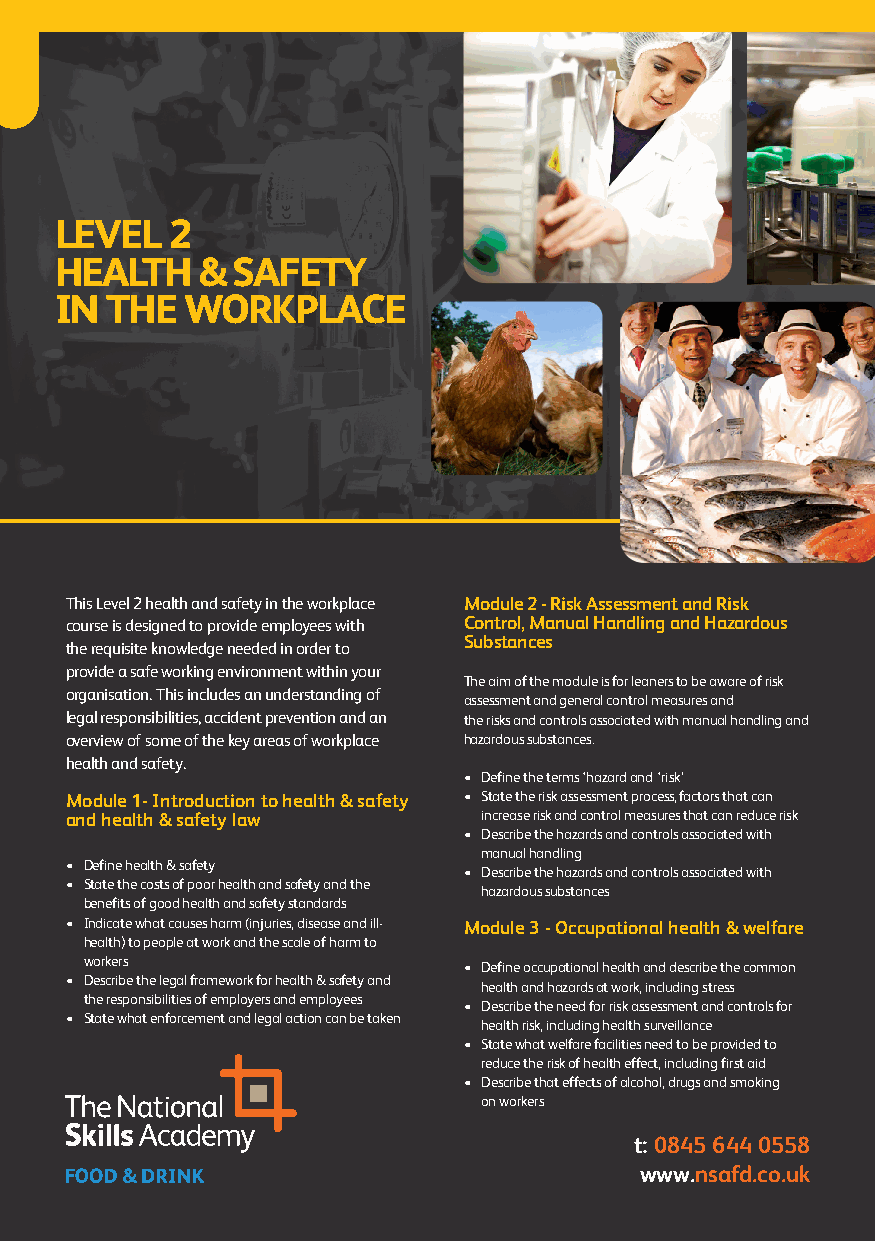
LEVEL  2
 HEALTH   & SAFETY
 IN THE  WORKPLACE
 This Level 2 health and safety in the workplace Module 2 - Risk Assessment and Risk
 course is designed to provide employees with Control, Manual Handling and Hazardous
 Substances
 the requisite knowledge needed in order to
 provide a safe working environment within your
 The aim of the module is for leaners to be aware of risk
 organisation. This includes an understanding of
 assessment and general control measures and
 legal responsibilities, accident prevention and an the risks and controls associated with manual handling and
 overview of some of the key areas of workplace hazardous substances.
 health and safety.
 • Define the terms ‘hazard and ‘risk’
 Module 1- Introduction to health & safety • State the risk assessment process, factors that can
 and health & safety law     increase risk and control measures that can reduce risk
 • Describe the hazards and controls associated with
 manual handling
 • Define health & safety
 • Describe the hazards and controls associated with
 • State the costs of poor health and safety and the
 hazardous substances
 benefits of good health and safety standards
 • Indicate what causes harm (injuries, disease and ill- Module 3 - Occupational health & welfare
 health) to people at work and the scale of harm to
 workers
 • Define occupational health and describe the common
 • Describe the legal framework for health & safety and
 health and hazards at work, including stress
 the responsibilities of employers and employees
 • Describe the need for risk assessment and controls for
 • State what enforcement and legal action can be taken
 health risk, including health surveillance
 • State what welfare facilities need to be provided to
 reduce the risk of health effect, including first aid
 • Describe that effects of alcohol, drugs and smoking
 on workers
 t: 0845 644 0558
 www.nsafd.co.uk